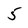
Character: 5